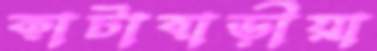
কাটাবাড়ীয়া